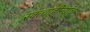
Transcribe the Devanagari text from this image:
रक्त्वाहीन्यांचे